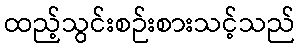
ထည့်သွင်းစဉ်းစားသင့်သည်